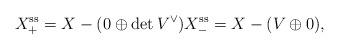
LaTeX: \begin{align*}X^{\mathrm{ss}}_+ = X - (0 \oplus \det V^\vee) X^{\mathrm{ss}}_- = X - (V \oplus 0),\end{align*}